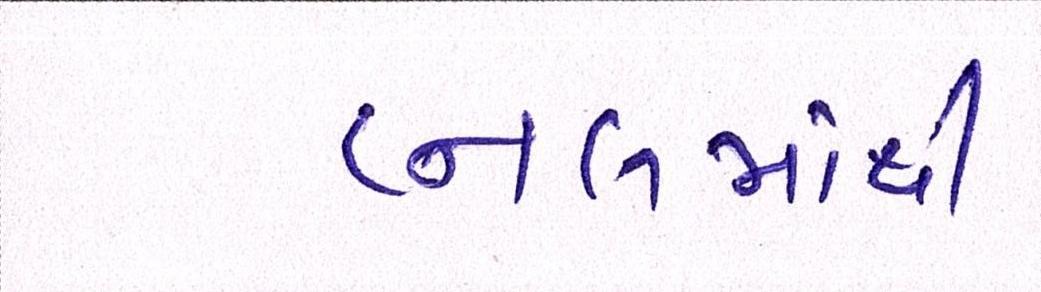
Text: ટનલમાંથી